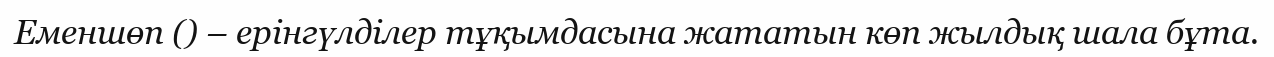
Еменшөп () – ерінгүлділер тұқымдасына жататын көп жылдық шала бұта.